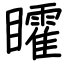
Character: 矐